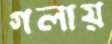
গলায়